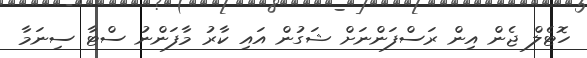
ހޮޓެލް ޖެން އިން ރަސްފަންނަށް ޝަގުން އައި ކާރު މާފަންނު ސްޓާ ސިނަމާ